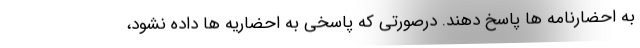
به احضارنامه ها پاسخ دهند. درصورتی که پاسخی به احضاریه ها داده نشود،